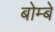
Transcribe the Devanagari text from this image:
बोम्‍बे